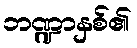
ဘဏ္ဍာနှစ်၏